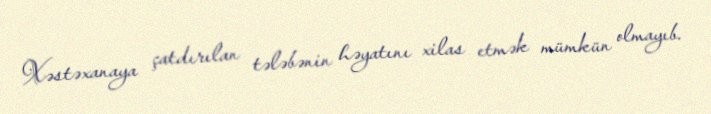
Xəstəxanaya çatdırılan tələbənin həyatını xilas etmək mümkün olmayıb.